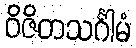
ဝိဇိတသင်္ဂါမံ